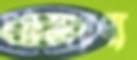
দণ্ডকারণ্য